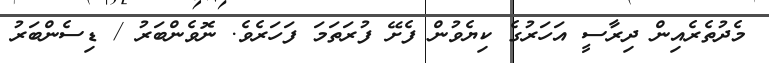
މެދުތެރެއިން ދިރާސީ އަހަރުގެ ކިޔެވުން ފެށޭ ފުރަތަމަ ފަހަރެވެ. ނޮވެންބަރު / ޑިސެންބަރު